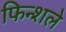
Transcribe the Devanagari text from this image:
फिन्शले